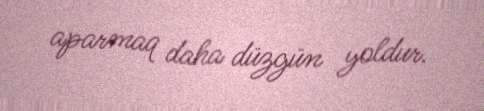
aparmaq daha düzgün yoldur.